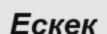
Ескек